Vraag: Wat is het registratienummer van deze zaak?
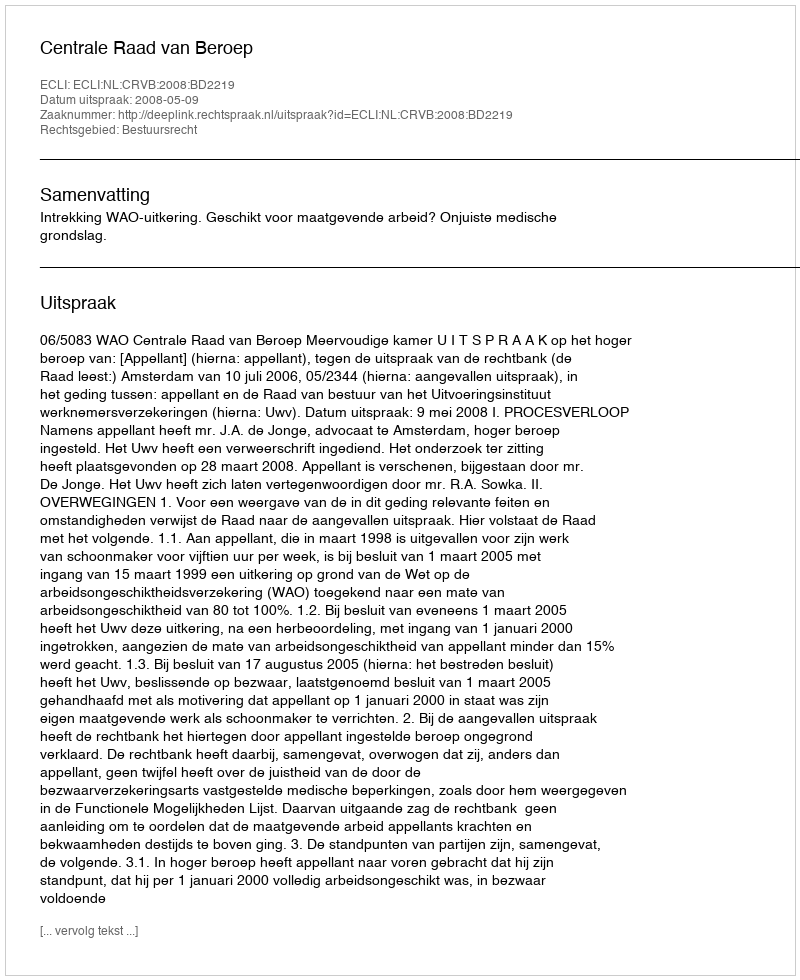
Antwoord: http://deeplink.rechtspraak.nl/uitspraak?id=ECLI:NL:CRVB:2008:BD2219